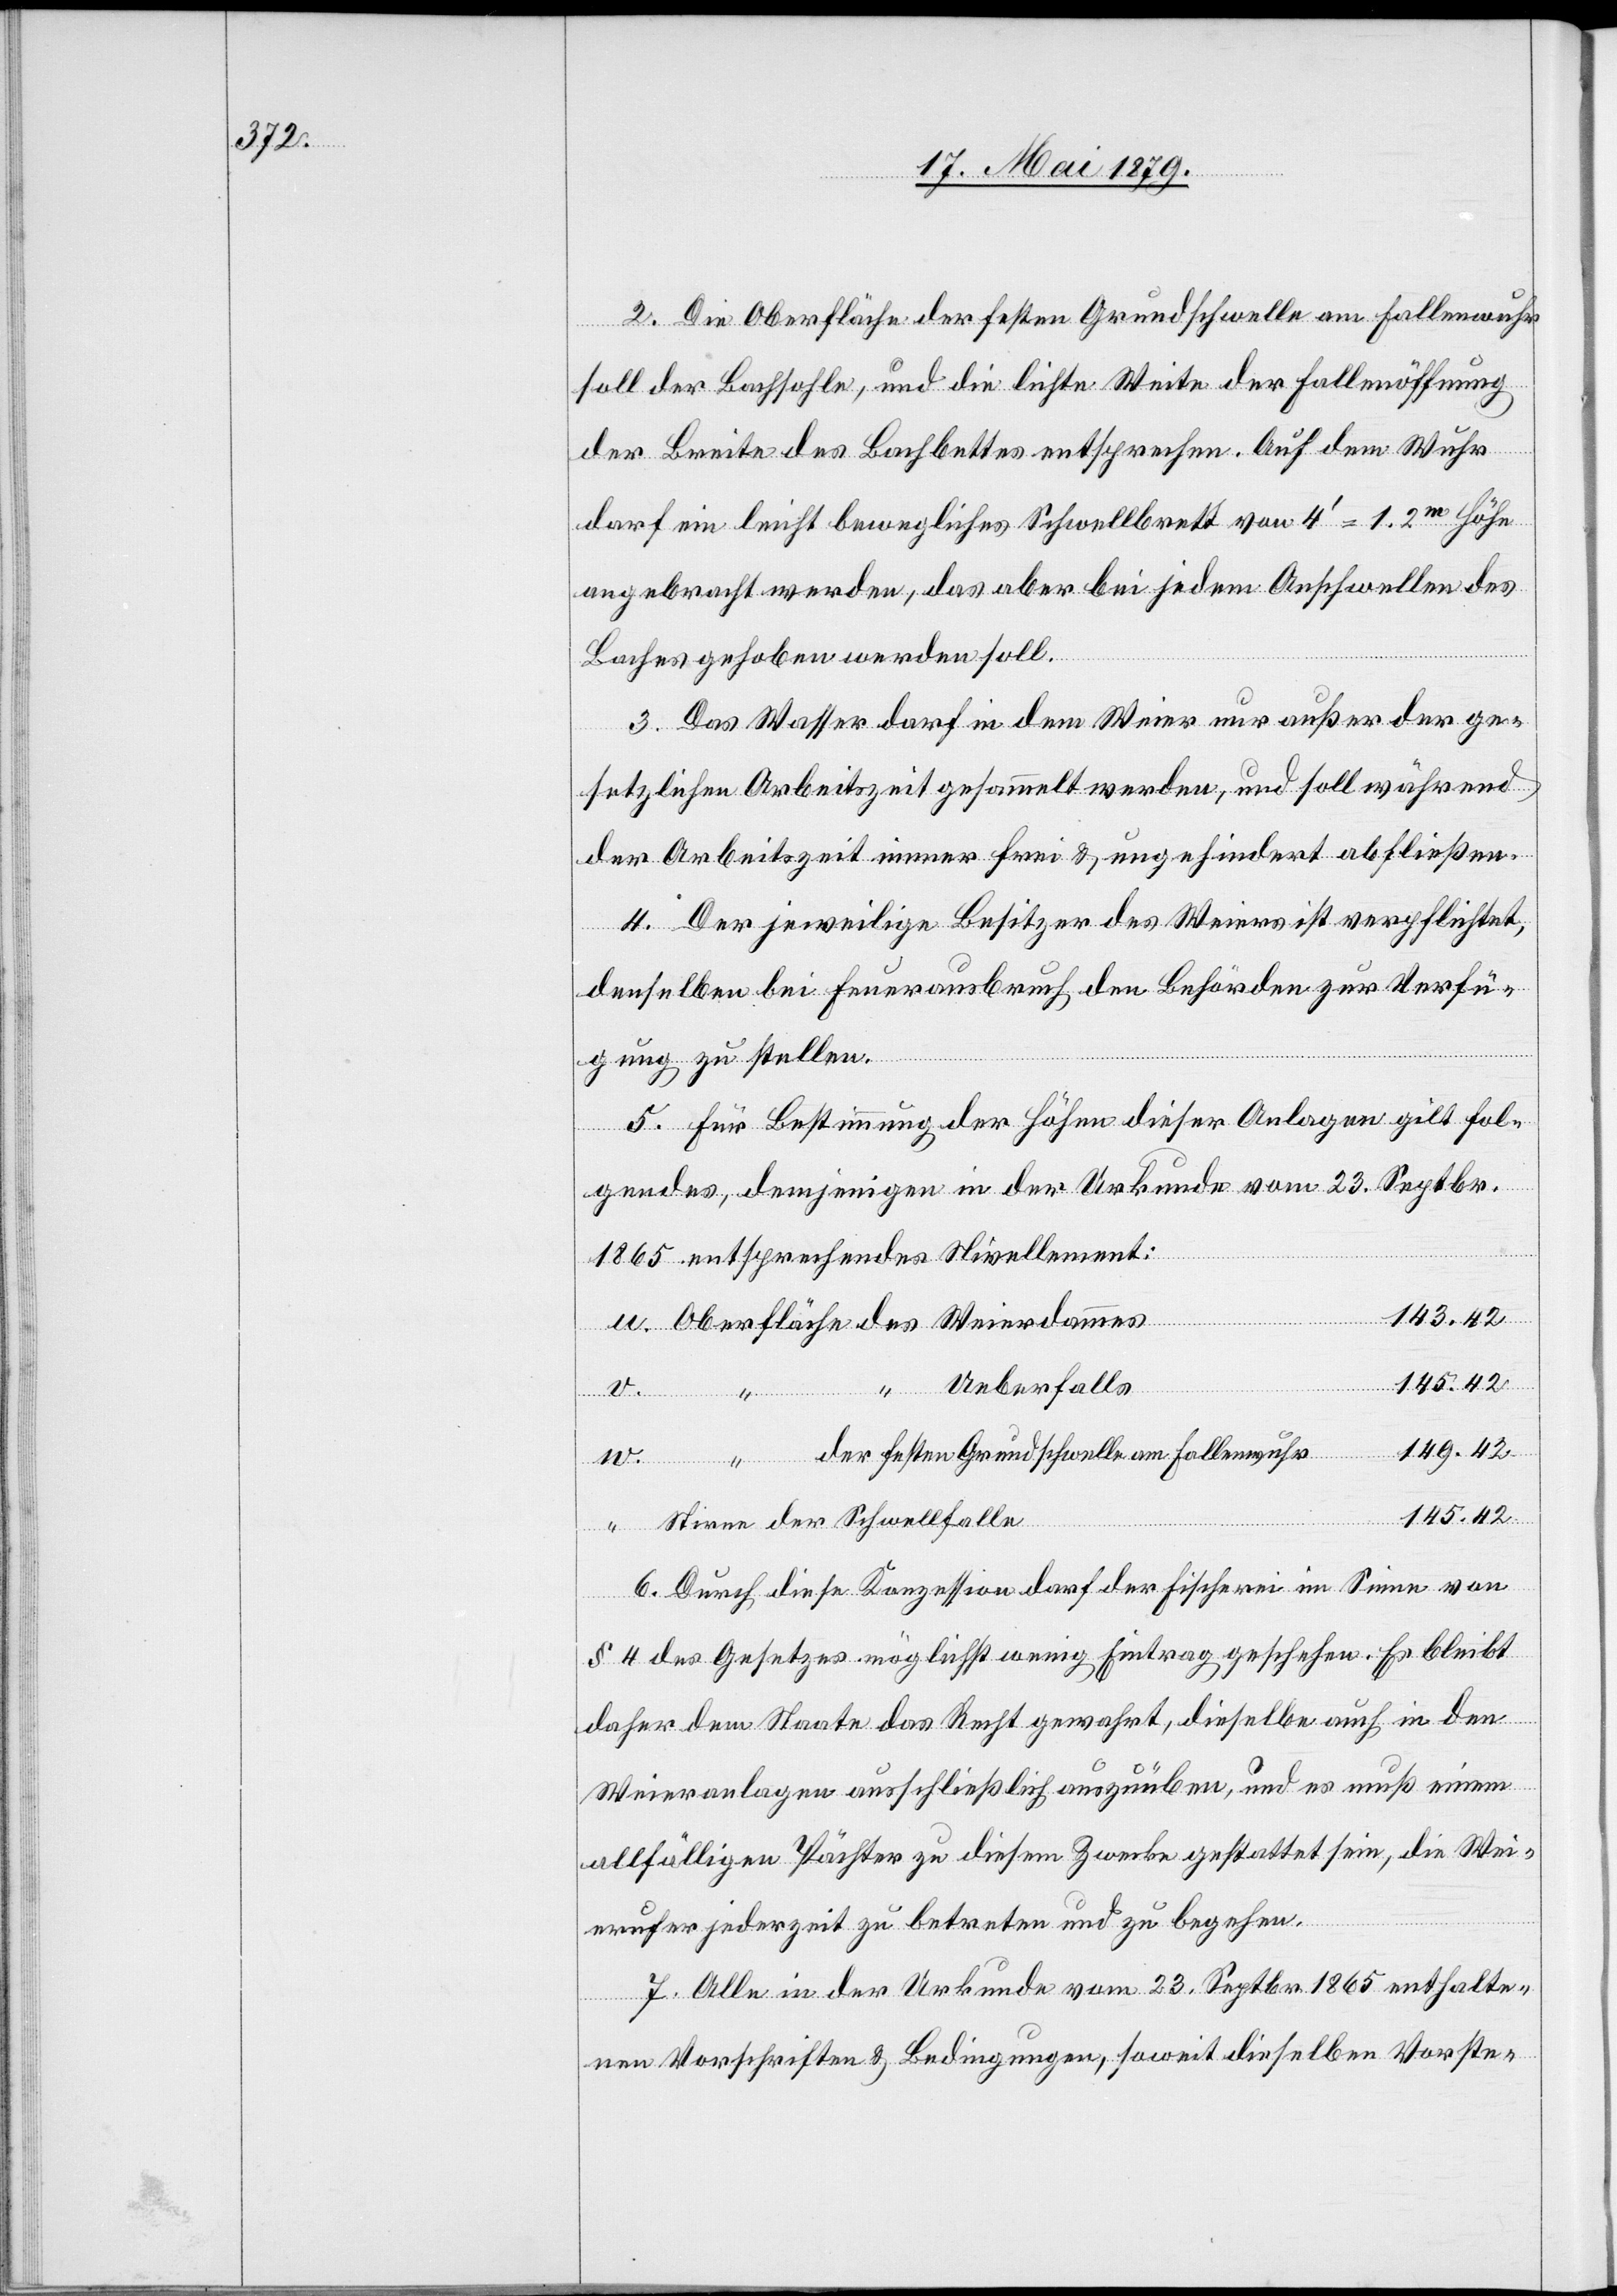
2. Die Oberfläche der festen Grundschwelle am Fallenwuhr
soll der Bachsohle, und die lichte Weite der Fallenöffnung
der Breite des Bachbettes entsprechen. Auf dem Wuhr
darf ein leicht bewegliches Schwellbrett von 4‘ = 1.2m Höhe
angebracht werden, das aber bei jedem Anschwellen des
Baches gehoben werden soll.
3. Das Wasser darf in dem Weier nur außer der ge¬
setzlichen Arbeitszeit gesammelt werden, und soll während
der Arbeitszeit immer frei & ungehindert abfließen.
4. Der jeweilige Besitzer des Weiers ist verpflichtet,
denselben bei Feuerausbruch den Behörden zur Verfü¬
gung zu stellen.
5. Für Bestimmung der Höhen dieser Anlagen gilt fol¬
gendes, demjenigen in der Urkunde vom 23. Septbr.
1865 entsprechendes Nivellement:
143.42
v.
145.42
“
Ueberfalls
der festen Grundschwelle am Fallenwuhr
dammes
Stirne der Schwellfalle
6. Durch diese Konzession darf der Fischerei im Sinne von
u.
§ 4 des Gesetzes möglichst wenig Eintrag geschehen. Es bleibt
daher dem Staate das Recht gewahrt, dieselbe auch in den
Weieranlagen ausschließlich auszuüben, und es muß einem
allfälligen Pächter zu diesem Zwecke gestattet sein, die Wei¬
erufer jederzeit zu betreten und zu begehen.
7. Alle in der Urkunde vom 23. Septbr. 1865 enthalte¬
nen Vorschriften & Bedingungen, soweit dieselben Vorste-